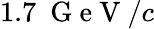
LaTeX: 1.7~\mathrm{~G~e~V~}/c